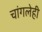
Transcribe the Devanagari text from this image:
चांगलेही